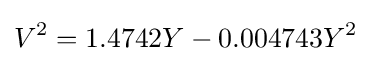
V^{2}=1.4742Y-0.004743Y^{2}